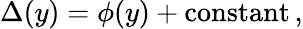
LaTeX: \Delta(y)=\phi(y)+\mathrm{constant}\, ,